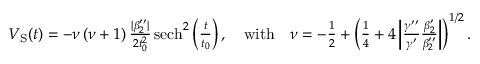
\begin{array} { r } { V _ { \mathrm { { S } } } ( t ) = - \nu \, ( \nu + 1 ) \, \frac { | \beta _ { 2 } ^ { \prime \prime } | } { 2 t _ { 0 } ^ { 2 } } \, { \mathrm { s e c h } } ^ { 2 } \left( \frac { t } { t _ { 0 } } \right) , \quad \mathrm { w i t h } \quad \nu = - \frac { 1 } { 2 } + \left( \frac { 1 } { 4 } + 4 \left| \frac { \gamma ^ { \prime \prime } } { \gamma ^ { \prime } } \frac { \beta _ { 2 } ^ { \prime } } { \beta _ { 2 } ^ { \prime \prime } } \right| \right) ^ { 1 / 2 } . } \end{array}